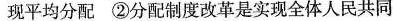
”并轨”现平均分配 ②分配制度改革是实现全体人民共同